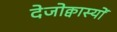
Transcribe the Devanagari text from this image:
देजोक्वास्यों